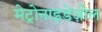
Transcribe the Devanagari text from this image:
मेट्रोनाइडेज़ोल